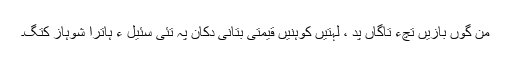
من گوں بازیں تچءُ تاگاں پد ، لہتیں کوہنیں قیمتی بُتانی دکان پہ تئی سئیل ءِ ہاترا شوہاز کتگ۔